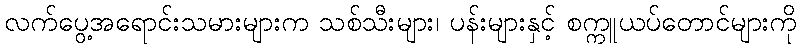
လက်ပွေ့အရောင်းသမားများက သစ်သီးများ၊ ပန်းများနှင့် စက္ကူယပ်တောင်များကို